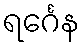
ရင်္ဂေန